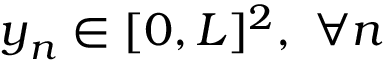
{ \boldsymbol { y } } _ { n } \in [ 0 , L ] ^ { 2 } , \ \forall n